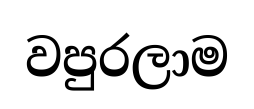
වපුරලාම